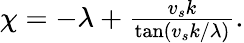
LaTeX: \begin{array}{r}{\chi=-\lambda+\frac{v_{s}k}{\tan(v_{s}k/\lambda)}.}\end{array}